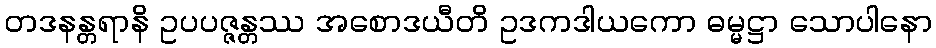
တဒနန္တရာနိ ဥပပဇ္ဇန္တဿ အစောဒယီတိ ဥဒကဒါယကော ဓမ္မဋ္ဌာ သောပါနော